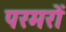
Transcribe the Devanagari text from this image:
परमरों